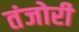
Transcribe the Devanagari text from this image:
तंजोरी